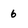
Character: 6